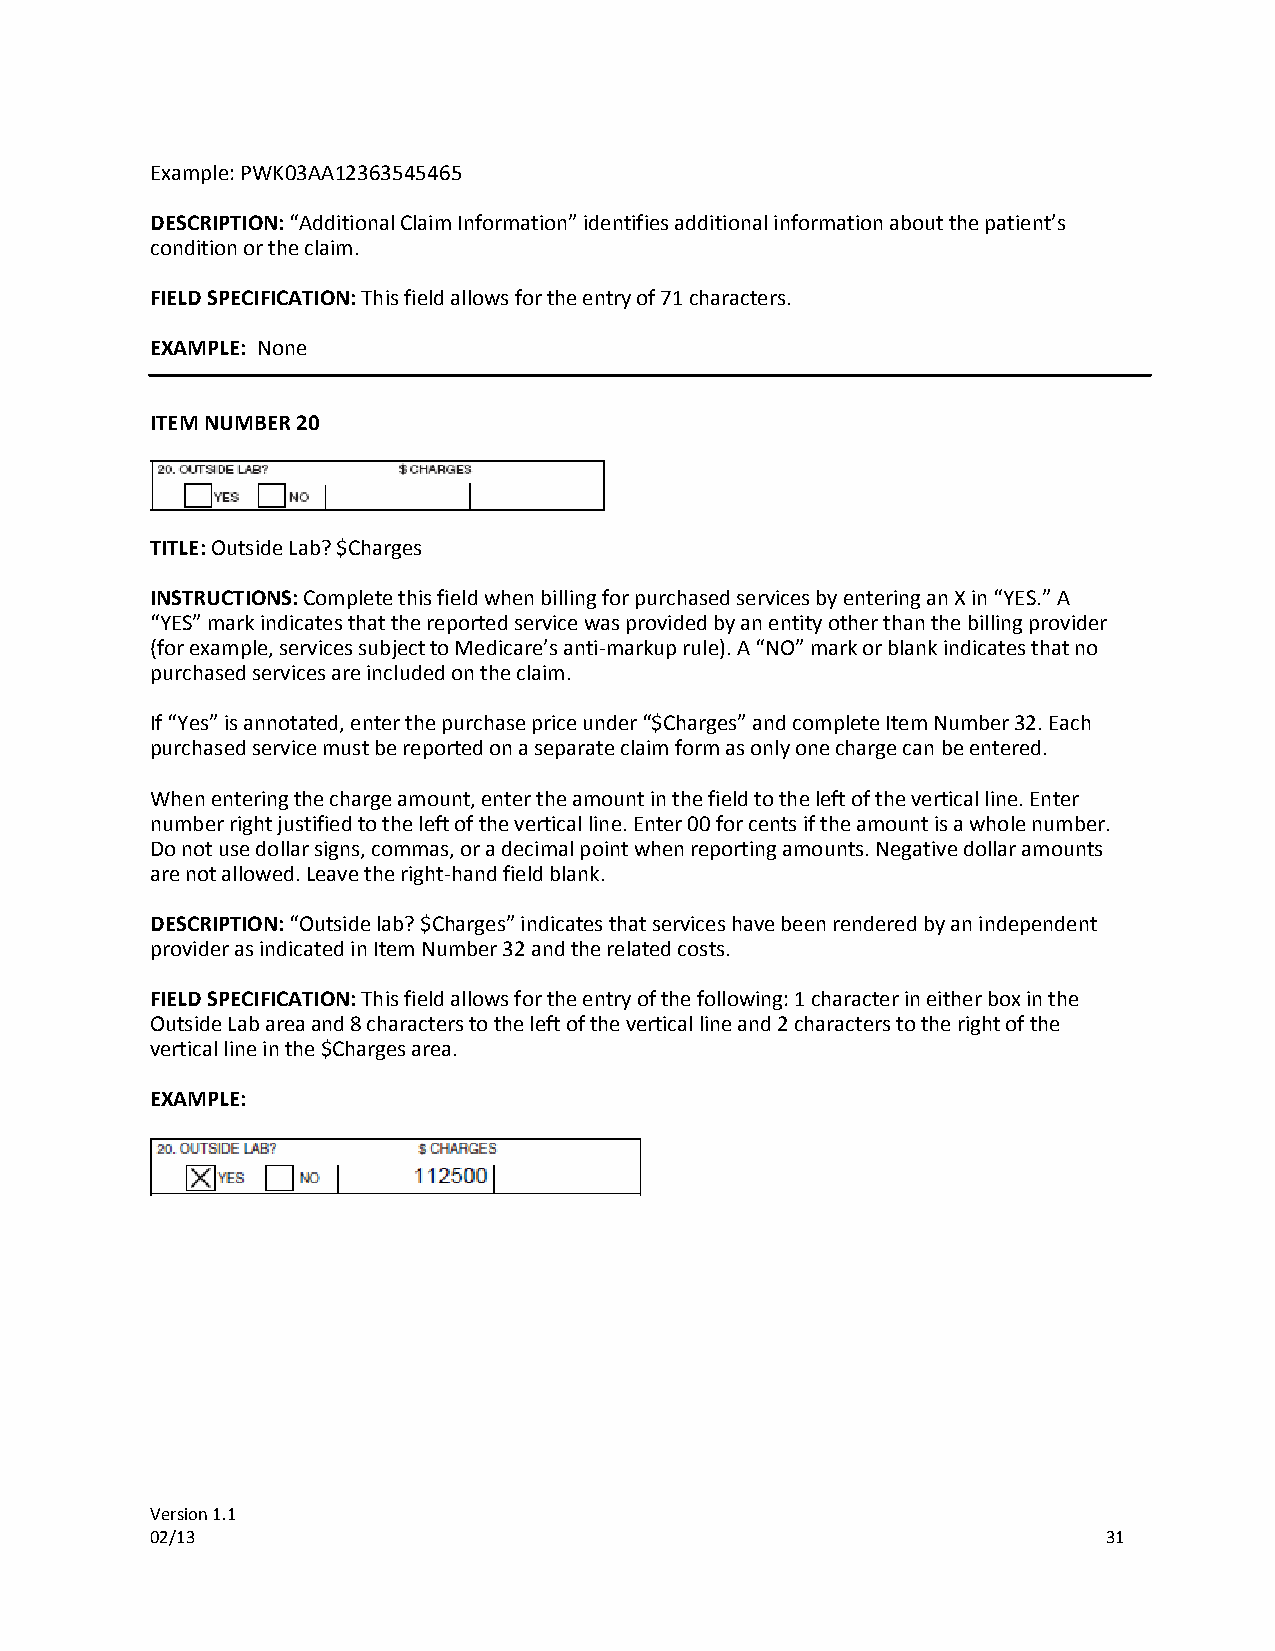
Example: PWK03AA12363545465
 DESCRIPTION: “Additional Claim Information” identifies additional information about the patient’s
 condition or the claim.
 FIELD SPECIFICATION: This field allows for the entry of 71 characters.
 EXAMPLE: None
 ITEM NUMBER 20
 TITLE: Outside Lab? $Charges
 INSTRUCTIONS: Complete this field when billing for purchased services by entering an X in “YES.” A
 “YES” mark indicates that the reported service was provided by an entity other than the billing provider
 (for example, services subject to Medicare’s anti-markup rule). A “NO” mark or blank indicates that no
 purchased services are included on the claim.
 If “Yes” is annotated, enter the purchase price under “$Charges” and complete Item Number 32. Each
 purchased service must be reported on a separate claim form as only one charge can be entered.
 When entering the charge amount, enter the amount in the field to the left of the vertical line. Enter
 number right justified to the left of the vertical line. Enter 00 for cents if the amount is a whole number.
 Do not use dollar signs, commas, or a decimal point when reporting amounts. Negative dollar amounts
 are not allowed. Leave the right-hand field blank.
 DESCRIPTION: “Outside lab? $Charges” indicates that services have been rendered by an independent
 provider as indicated in Item Number 32 and the related costs.
 FIELD SPECIFICATION: This field allows for the entry of the following: 1 character in either box in the
 Outside Lab area and 8 characters to the left of the vertical line and 2 characters to the right of the
 vertical line in the $Charges area.
 EXAMPLE:
 Version 1.1
 02/13                                                          31